Vaccination in Burma 1889-1999 - 1889-1999
Year: 1889
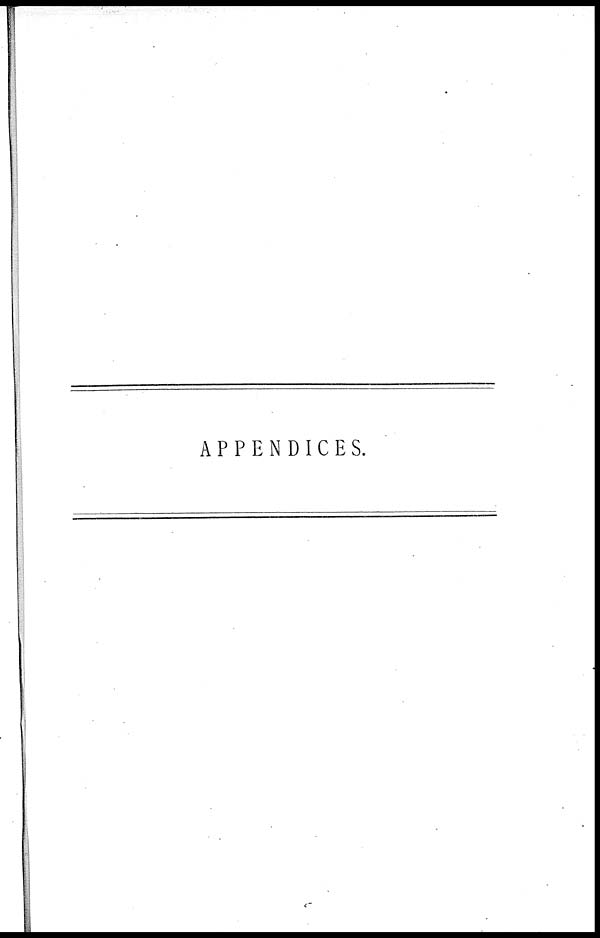
APPENDICES.